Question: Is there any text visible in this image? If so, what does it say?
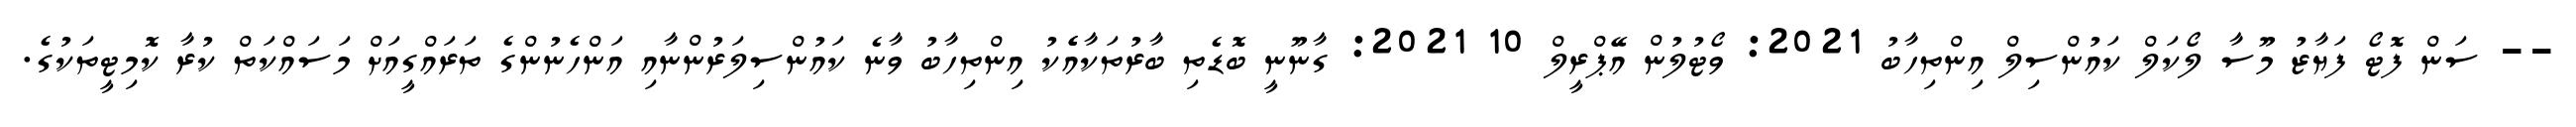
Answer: -- ސަން ފޮޓޯ ފަޔާޒު މޫސާ ލޯކަލް ކައުންސިލް އިންތިހާބު 2021: ވޯޓުލުން އޭޕްރީލް 10 2021: ގާނޫނީ ބޮޑެތި ބާރުތަކާއެެކު އިންތިހާބު ވާނެ ކައުންސިލަރުންނާއި އަންހެނުންގެ ތަރައްގީއަށް މަސައްކަތް ކުރާ ކޮމިޓީތަކުގެ.